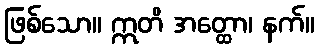
ဖြစ်သော။ ဣတိ အတ္ထော၊ နက်။